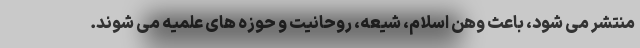
منتشر می شود، باعث وهن اسلام، شیعه، روحانیت و حوزه های علمیه می شوند.